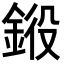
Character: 𨦯